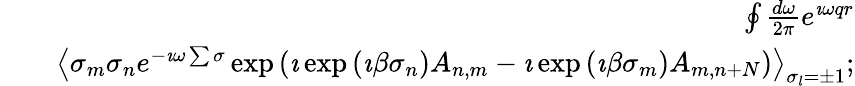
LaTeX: \begin{array}{rlr}&{}&{\oint\frac{d\omega}{2\pi}e^{\imath\omega qr}}\\ &{}&{\left\langle\sigma_{m}\sigma_{n}e^{-\imath\omega\sum\sigma}\exp\left(\imath\exp\left(\imath\beta\sigma_{n}\right)A_{n,m}-\imath\exp\left(\imath\beta\sigma_{m}\right)A_{m,n+N}\right)\right\rangle_{\sigma_{l}=\pm 1};}\end{array}